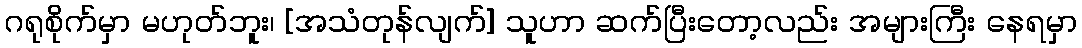
ဂရုစိုက်မှာ မဟုတ်ဘူး၊ [အသံတုန်လျက်] သူဟာ ဆက်ပြီးတော့လည်း အများကြီး နေရမှာ